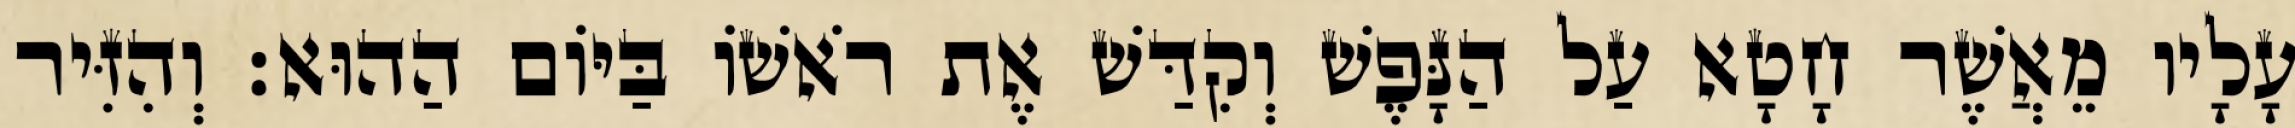
עָלָיו מֵאֲשֶׁר חָטָא עַל הַנָּפֶשׁ וְקִדַּשׁ אֶת רֹאשׁוֹ בַּיּוֹם הַהוּא׃ וְהִזִּיר